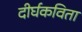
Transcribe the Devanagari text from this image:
दीर्घकविता